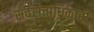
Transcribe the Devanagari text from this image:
सर्वसत्ताधिकारी